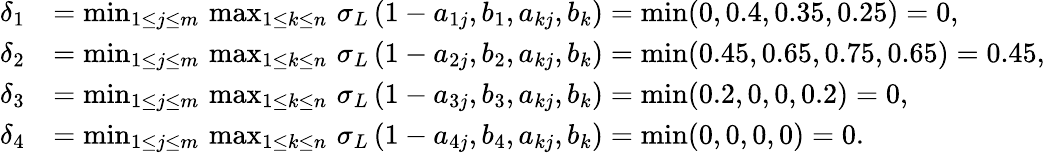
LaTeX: \begin{array}{rl}{\delta_{1}}&{=\operatorname*{min}_{1\leq j\leq m}\, \operatorname*{max}_{1\leq k\leq n}\, \sigma_{L}\, (1-a_{1j},b_{1},a_{kj},b_{k})=\operatorname*{min}(0,0.4,0.35,0.25)=0,}\\ {\delta_{2}}&{=\operatorname*{min}_{1\leq j\leq m}\, \operatorname*{max}_{1\leq k\leq n}\, \sigma_{L}\, (1-a_{2j},b_{2},a_{kj},b_{k})=\operatorname*{min}(0.45,0.65,0.75,0.65)=0.45,}\\ {\delta_{3}}&{=\operatorname*{min}_{1\leq j\leq m}\, \operatorname*{max}_{1\leq k\leq n}\, \sigma_{L}\, (1-a_{3j},b_{3},a_{kj},b_{k})=\operatorname*{min}(0.2,0,0,0.2)=0,}\\ {\delta_{4}}&{=\operatorname*{min}_{1\leq j\leq m}\, \operatorname*{max}_{1\leq k\leq n}\, \sigma_{L}\, (1-a_{4j},b_{4},a_{kj},b_{k})=\operatorname*{min}(0,0,0,0)=0.}\end{array}